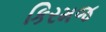
કિરમજ